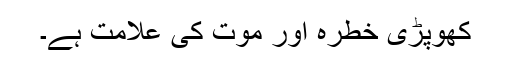
کھوپڑی خطرہ اور موت کی علامت ہے۔